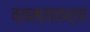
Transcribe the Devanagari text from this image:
व्यख्याकर्ता